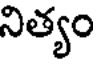
నిత్యం